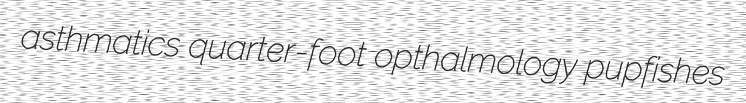
asthmatics quarter-foot opthalmology pupfishes